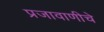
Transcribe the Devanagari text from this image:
प्रजावाणीचे